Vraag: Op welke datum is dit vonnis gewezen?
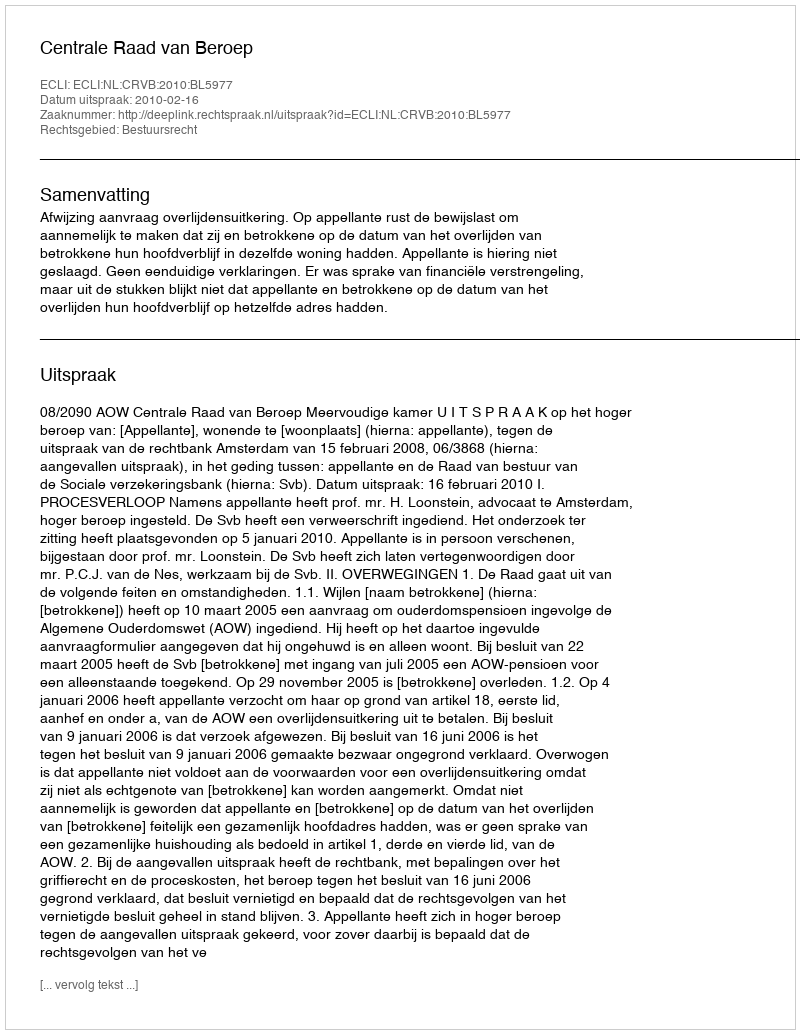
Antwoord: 2010-02-16